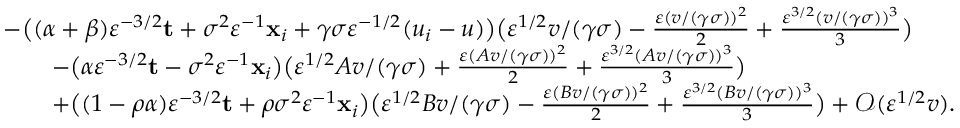
\begin{array} { r l } & { \textstyle - \big ( ( \alpha + \beta ) \varepsilon ^ { - 3 / 2 } \mathbf { t } + \sigma ^ { 2 } \varepsilon ^ { - 1 } \mathbf { x } _ { i } + \gamma \sigma \varepsilon ^ { - 1 / 2 } ( u _ { i } - u ) \big ) \big ( \varepsilon ^ { 1 / 2 } v / ( \gamma \sigma ) - \frac { \varepsilon ( v / ( \gamma \sigma ) ) ^ { 2 } } { 2 } + \frac { \varepsilon ^ { 3 / 2 } ( v / ( \gamma \sigma ) ) ^ { 3 } } { 3 } \big ) } \\ & { \textstyle \qquad - \big ( \alpha \varepsilon ^ { - 3 / 2 } \mathbf { t } - \sigma ^ { 2 } \varepsilon ^ { - 1 } \mathbf { x } _ { i } \big ) \big ( \varepsilon ^ { 1 / 2 } A v / ( \gamma \sigma ) + \frac { \varepsilon ( A v / ( \gamma \sigma ) ) ^ { 2 } } { 2 } + \frac { \varepsilon ^ { 3 / 2 } ( A v / ( \gamma \sigma ) ) ^ { 3 } } { 3 } \big ) } \\ & { \textstyle \qquad + \big ( ( 1 - \rho \alpha ) \varepsilon ^ { - 3 / 2 } \mathbf { t } + \rho \sigma ^ { 2 } \varepsilon ^ { - 1 } \mathbf { x } _ { i } \big ) \big ( \varepsilon ^ { 1 / 2 } B v / ( \gamma \sigma ) - \frac { \varepsilon ( B v / ( \gamma \sigma ) ) ^ { 2 } } { 2 } + \frac { \varepsilon ^ { 3 / 2 } ( B v / ( \gamma \sigma ) ) ^ { 3 } } { 3 } \big ) + \mathcal { O } ( \varepsilon ^ { 1 / 2 } v ) . } \end{array}